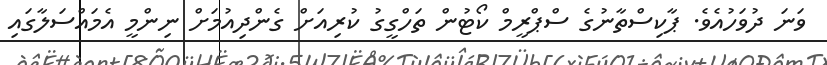
ވަނަ ދުވަހުއެވެ. ޕާކިސްތާނުގެ ސްޕްރީމް ކޯޓުން ތަހްގީގު ކުރިއަށް ގެންދިއުމަށް ނިންމީ އެމައްސަލާގައި